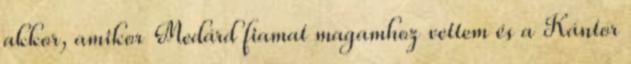
akkor, amikor Medárd fiamat magamhoz vettem és a Kántor